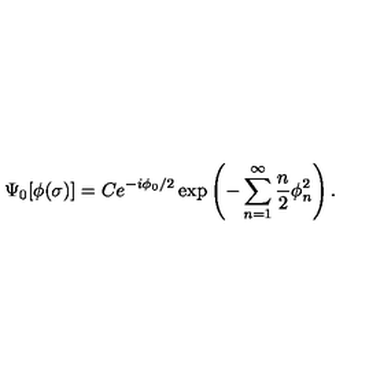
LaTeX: \Psi _ { 0 } [ \phi ( \sigma ) ] = C e ^ { - i \phi _ { 0 } / 2 } \exp \left( - \sum _ { n = 1 } ^ { \infty } \frac { n } { 2 } \phi _ { n } ^ { 2 } \right) .